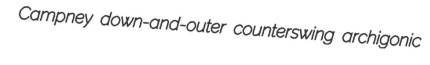
Campney down-and-outer counterswing archigonic